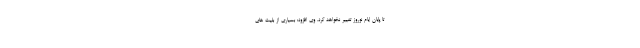
تا پایان ایام نوروز تغییر نخواهد کرد. وی افزود: بسیاری از بلیت های